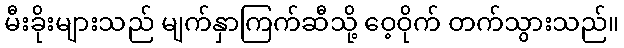
မီးခိုးများသည် မျက်နှာကြက်ဆီသို့ ဝေ့ဝိုက် တက်သွားသည်။